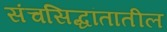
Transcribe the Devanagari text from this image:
संचसिद्धांतातील